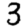
Digit: 3